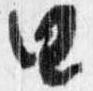
由